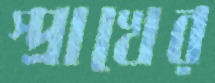
স্প্রাখের